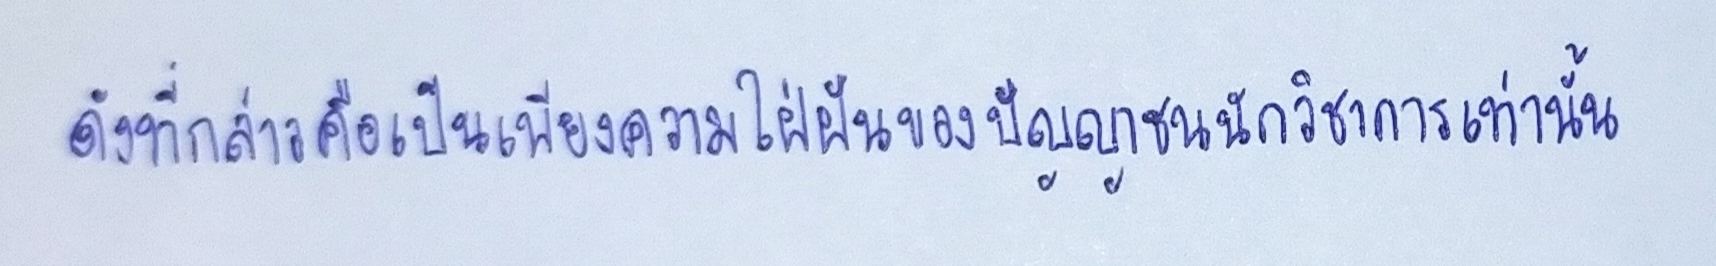
ดังที่กล่าวคือเป็นเพียงความใฝ่ฝันของปัญญาชนนักวิชาการเท่านั้น